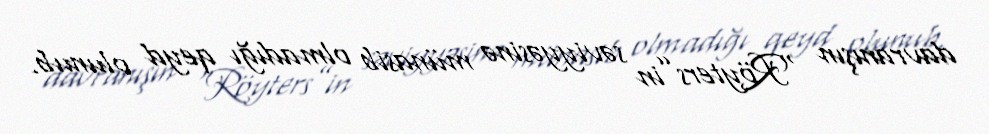
davranışın “Röyters”in səviyyəsinə münasib olmadığı qeyd olunub.